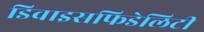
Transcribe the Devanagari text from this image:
डिवाइसफिडेलिटी